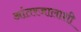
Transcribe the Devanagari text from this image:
आंतरजालाशी